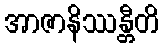
အာဇာနိဿန္တီတိ